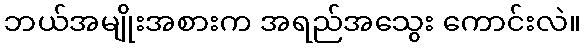
ဘယ်အမျိုးအစားက အရည်အသွေး ကောင်းလဲ။